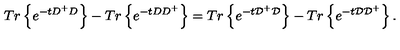
T r \left\{ e ^ { - t D ^ { + } D } \right\} - T r \left\{ e ^ { - t D D ^ { + } } \right\} = T r \left\{ e ^ { - t { \cal D ^ { + } D } } \right\} - T r \left\{ e ^ { - t { \cal D D } ^ { + } } \right\} .